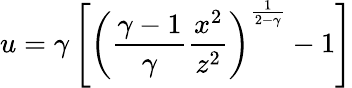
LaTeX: u=\gamma\left[\left({\frac{\gamma-1}{\gamma}}{\frac{x^{2}}{z^{2}}}\right)^{\frac{1}{2-\gamma}}-1\right]